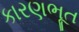
કારણભૂત